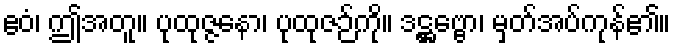
ဧဝံ၊ ဤအတူ။ ပုထုဇ္ဇနော၊ ပုထုဇဉ်ကို။ ဒဋ္ဌဗ္ဗော၊ မှတ်အပ်ကုန်၏။